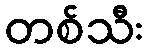
တစ်သီး